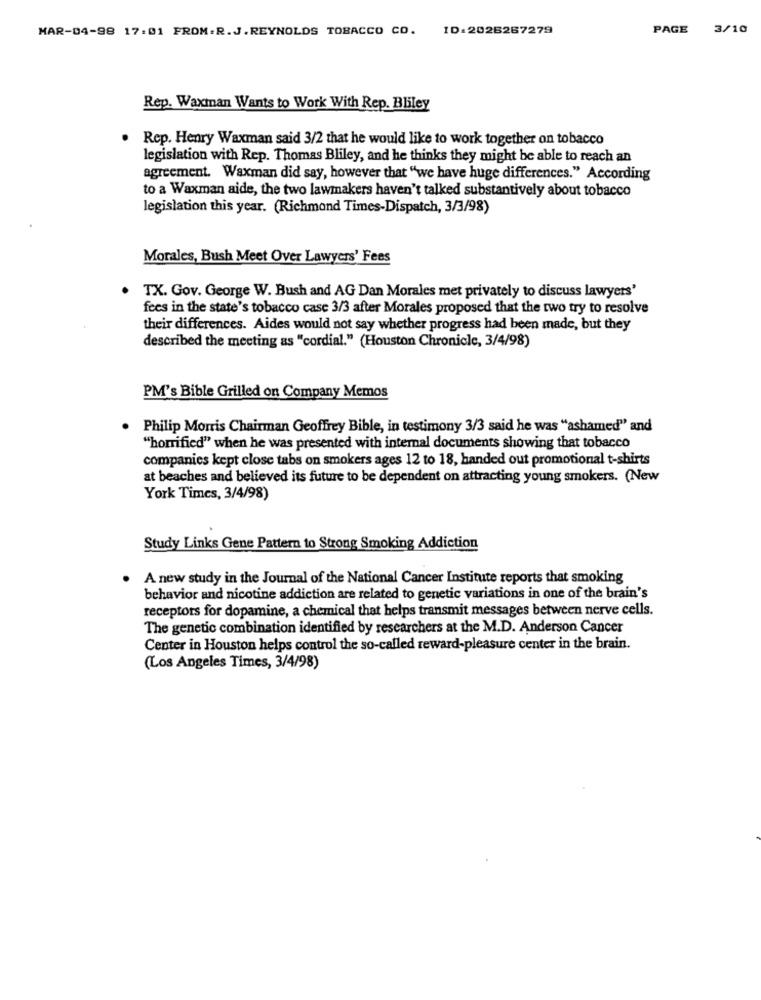
MAR-04-98 17:01 FROM:R.J.REYNOLDS TOBACCO CO. ID:2026267279
PAGE 3/10
Rep. Waxman Wants to Work With Rep. Bbley
. Rep. Henry Waxman said 3/2 that he would like to work together on tobacco
legislation with Rep. Thomas Bliley, and he thinks they might be able to reach an
agreement. Waxman did say, however that "we have huge differences." According
to a Waxman aide, the two lawmakers haven't talked substantively about tobacco
legislation this year. (Richmond Times-Dispatch, 3/3/98)
Morales, Bush Meet Over Lawyers' Fees
. TX. Gov. George W. Bush and AG Dan Morales met privately to discuss lawyers'
fees in the state's tobacco case 3/3 after Morales proposed that the two try to resolve
their differences. Aides would not say whether progress had been made, but they
described the meeting as "cordial." (Houston Chronicle, 3/4/98)
PM's Bible Grilled on Company Memos
Philip Morris Chairman Geoffrey Bible, in testimony 3/3 said he was "ashamed" and
"horrified" when he was presented with internal documents showing that tobacco
companies kept close tabs on smokers ages 12 to 18, handed out promotional t-shirts
at beaches and believed its future to be dependent on attracting young smokers. (New
York Times, 3/4/98)
Study Links Gene Pattern to Strong Smoking Addiction
A new study in the Journal of the National Cancer Institute reports that smoking
behavior and nicotine addiction are related to genetic variations in one of the brain's
receptors for dopamine, a chemical that helps transmit messages between nerve cells.
The genetic combination identified by researchers at the M.D. Anderson Cancer
Center in Houston helps control the so-called reward-pleasure center in the brain.
(Los Angeles Times, 3/4/98)